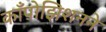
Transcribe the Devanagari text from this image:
काँपोझिशनने